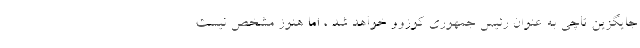
جایگزین تاچی به عنوان رئیس جمهوری کوزوو خواهد شد ، اما هنوز مشخص نیست